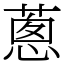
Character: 蔥